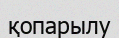
қопарылу